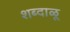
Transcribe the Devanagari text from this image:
शब्दाळू